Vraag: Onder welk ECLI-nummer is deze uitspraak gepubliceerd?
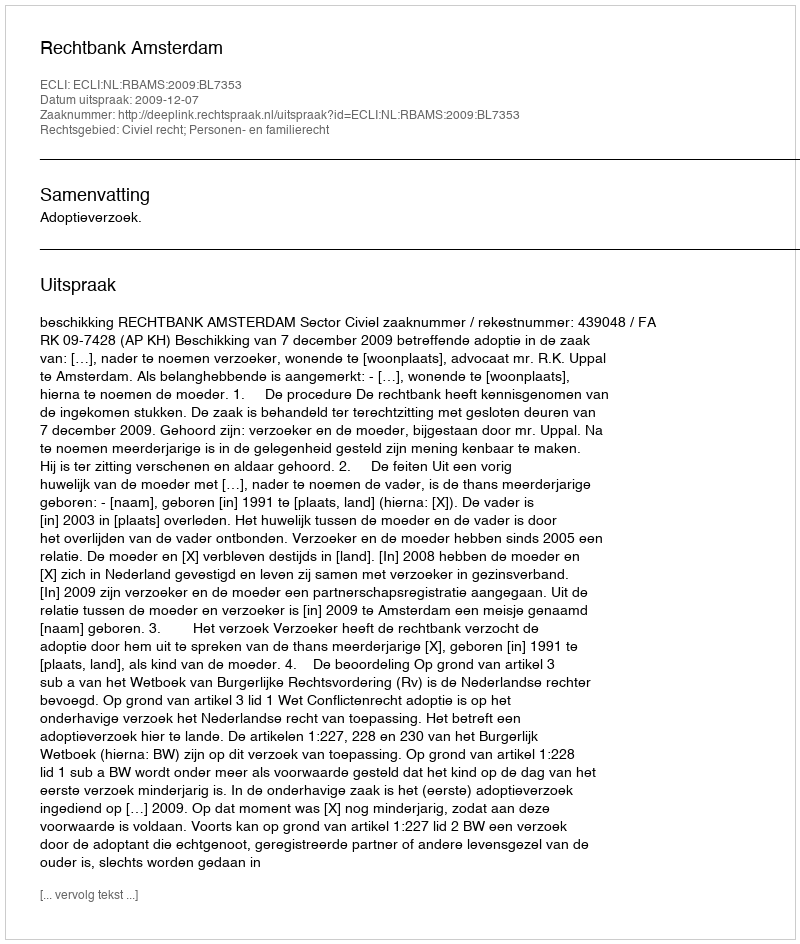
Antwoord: ECLI:NL:RBAMS:2009:BL7353